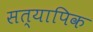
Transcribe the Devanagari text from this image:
सत्यापिक